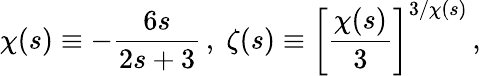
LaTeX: {\chi}(s)\equiv-\frac{6s}{2s+3}\, ,\; {\zeta}(s)\equiv\left[\frac{{\chi}(s)}{3}\right]^{3/{\chi}(s)}\, ,